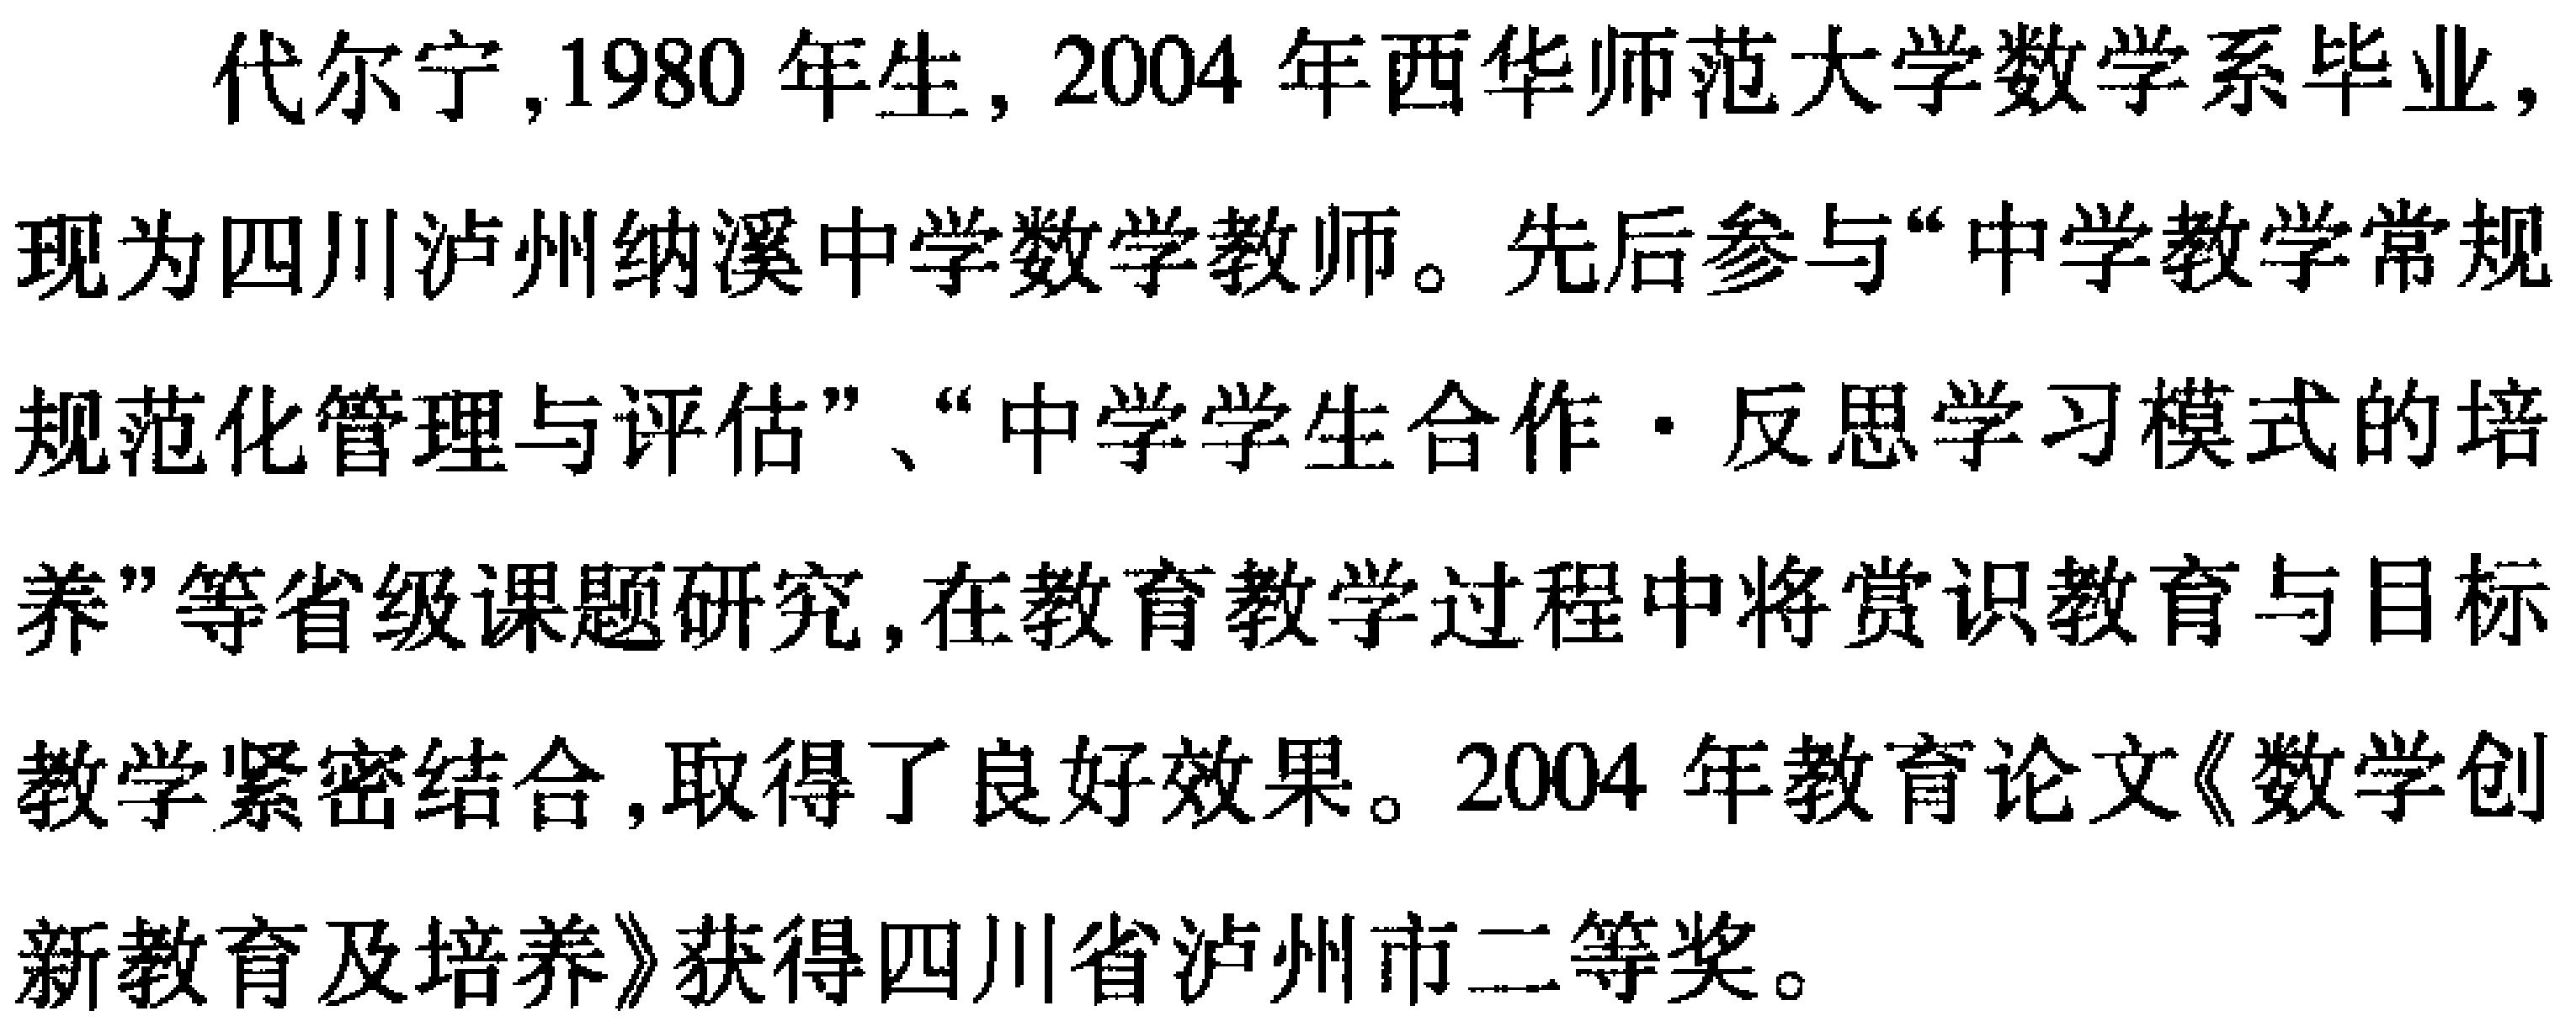
代尔宁,1980 年生, 2004 年西华师范大学数学系毕业,现为四川泸州纳溪中学数学教师。先后参与“中学教学常规规范化管理与评估”、“中学学生合作·反思学习模式的培养”等省级课题研究,在教育教学过程中将赏识教育与目标教学紧密结合,取得了良好效果。2004 年教育论文《数学创新教育及培养》获得四川省泸州市二等奖。